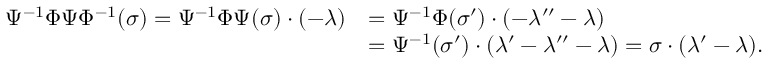
\begin{array} { r l } { \Psi ^ { - 1 } \Phi \Psi \Phi ^ { - 1 } ( \sigma ) = \Psi ^ { - 1 } \Phi \Psi ( \sigma ) \cdot ( - \lambda ) } & { = \Psi ^ { - 1 } \Phi ( \sigma ^ { \prime } ) \cdot ( - \lambda ^ { \prime \prime } - \lambda ) } \\ & { = \Psi ^ { - 1 } ( \sigma ^ { \prime } ) \cdot ( \lambda ^ { \prime } - \lambda ^ { \prime \prime } - \lambda ) = \sigma \cdot ( \lambda ^ { \prime } - \lambda ) . } \end{array}